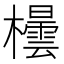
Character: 𪴘